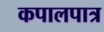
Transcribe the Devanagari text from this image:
कपालपात्र